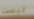
ليست